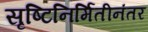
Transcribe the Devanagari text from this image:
सृष्टिनिर्मितीनंतर